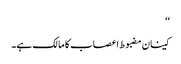
‘‘
کینان مضبوط اعصاب کا مالک ہے۔